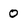
Character: 0